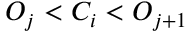
O _ { j } < C _ { i } < O _ { j + 1 }